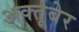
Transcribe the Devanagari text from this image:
अक्तूबेर